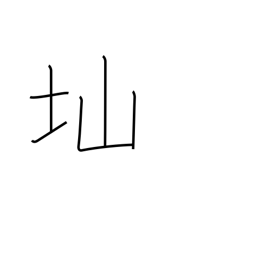
Meaning: steep slope